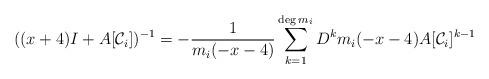
LaTeX: \begin{align*}((x+4)I+A[\mathcal C_i])^{-1} = -\frac{1}{m_i(-x-4)} \sum_{k=1}^{\deg m_i} D^k m_i(-x-4) A[\mathcal C_i]^{k-1}\end{align*}